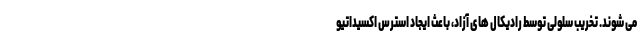
می شوند. تخریب سلولی توسط رادیکال های آزاد، باعث ایجاد استرس اکسیداتیو